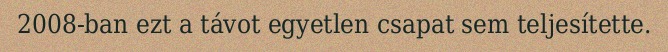
2008-ban ezt a távot egyetlen csapat sem teljesítette.